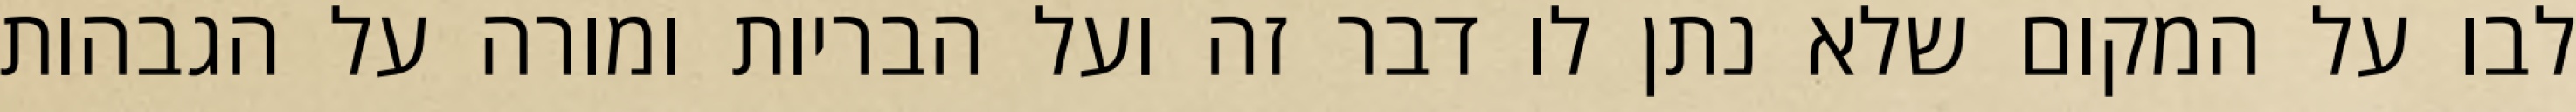
לבו על המקום שלא נתן לו דבר זה ועל הבריות ומורה על הגבהות